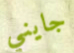
جايني